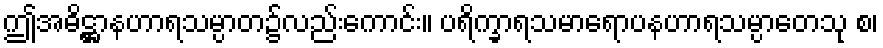
ဤအဓိဋ္ဌာနဟာရသမ္ပာတ၌လည်းကောင်း။ ပရိက္ခာရသမာရောပနဟာရသမ္ပာတေသု စ၊